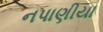
નપાણીયા